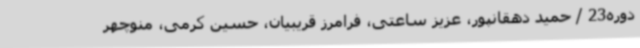
دوره23 / حمید دهقانپور، عزیز ساعتی، فرامرز قریبیان، حسین کرمی، منوچهر